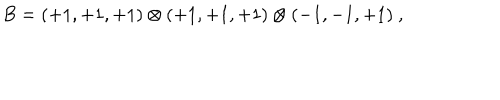
B = ( + 1 , + 1 , + 1 ) \otimes ( + 1 , + 1 , + 1 ) \otimes ( - 1 , - 1 , + 1 ) ~ , ~ \,